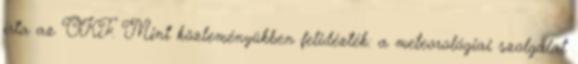
írta az OKF. Mint közleményükben felidézték: a meteorológiai szolgálat